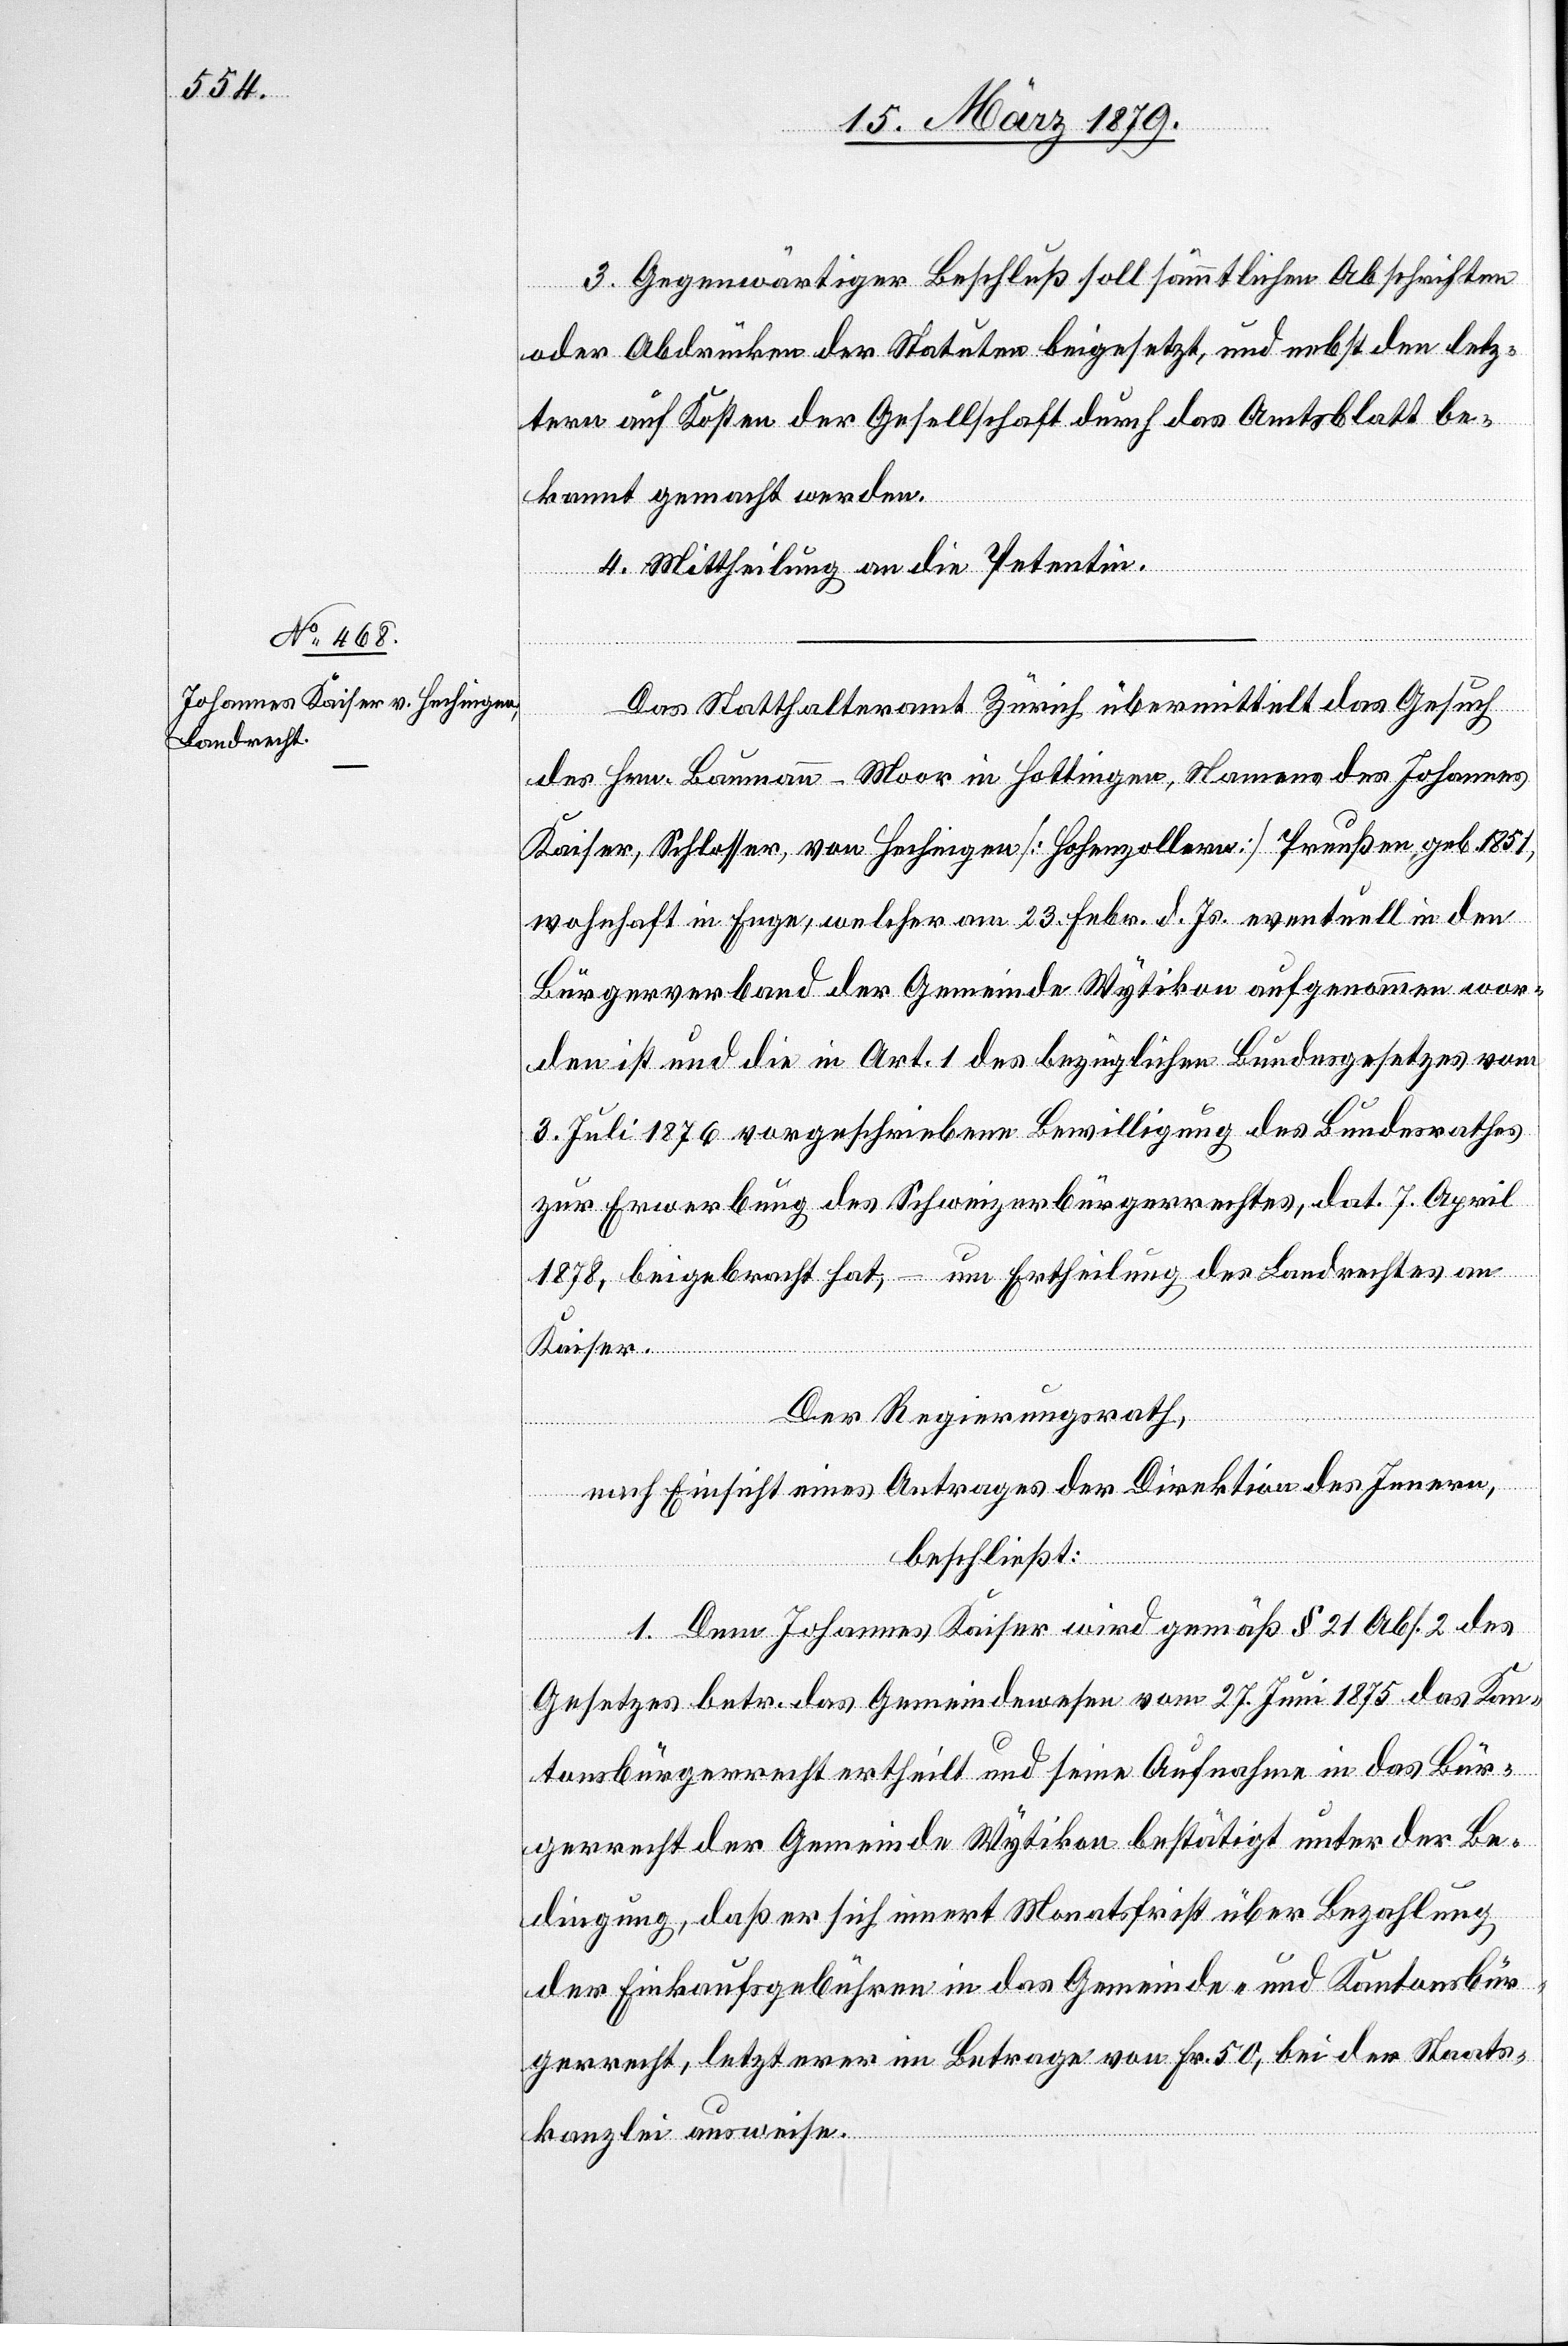
3. Gegenwärtiger Beschluß soll sämmtlichen Abschriften
oder Abdrücken der Statuten beigesetzt, und nebst den letz¬
tern auf Kosten der Gesellschaft durch das Amtsblatt be¬
kannt gemacht werden.
4. Mittheilung an die Petentin.
Das Statthalteramt Zürich übermittelt das Gesuch
des Hrn. Baumann-Moor in Hottingen, Namens des Johannes
Kaiser, Schlosser, von Hechingen [Hohenzollern] Preußen, geb. 1851,
wohnhaft in Enge, welcher am 23. Febr. d. Js. eventuell in den
Bürgerverband der Gemeinde Wytikon aufgenommen wor¬
den ist und die in Art. 1 des bezüglichen Bundesgesetzes vom
3. Juli 1876 vorgeschriebene Bewilligung des Bundesrathes
zur Erwerbung des Schweizerbürgerrechtes, dat. 7. April
1878, beigebracht hat, – um Ertheilung des Landrechtes an
Kaiser.
Der Regierungsrath,
nach Einsicht eines Antrages der Direktion des Innern,
beschließt:
1. Dem Johannes Kaiser wird gemäß § 21 Abs. 2 des
Gesetzes betr. das Gemeindewesen vom 27. Juni 1875 das Kan¬
tonsbürgerrecht ertheilt und seine Aufnahme in das Bür¬
gerrecht der Gemeinde Wytikon bestätigt unter der Be¬
dingung, daß er sich innert Monatsfrist über Bezahlung
der Einkaufsgebühren in das Gemeinde- und Kantonsbür¬
gerrecht, letzterer im Betrage von Fr. 50, bei der Staats¬
kanzlei ausweise.